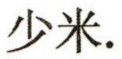
少米.